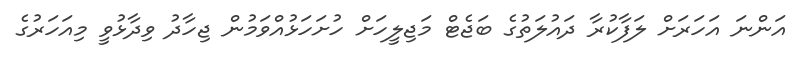
އަންނަ އަހަރަށް ލަފާކުރާ ދައުލަތުގެ ބަޖެޓް މަޖިލީހަށް ހުށަހަޅުއްވަމުން ޖިހާދު ވިދާޅުވީ މިއަހަރުގެ